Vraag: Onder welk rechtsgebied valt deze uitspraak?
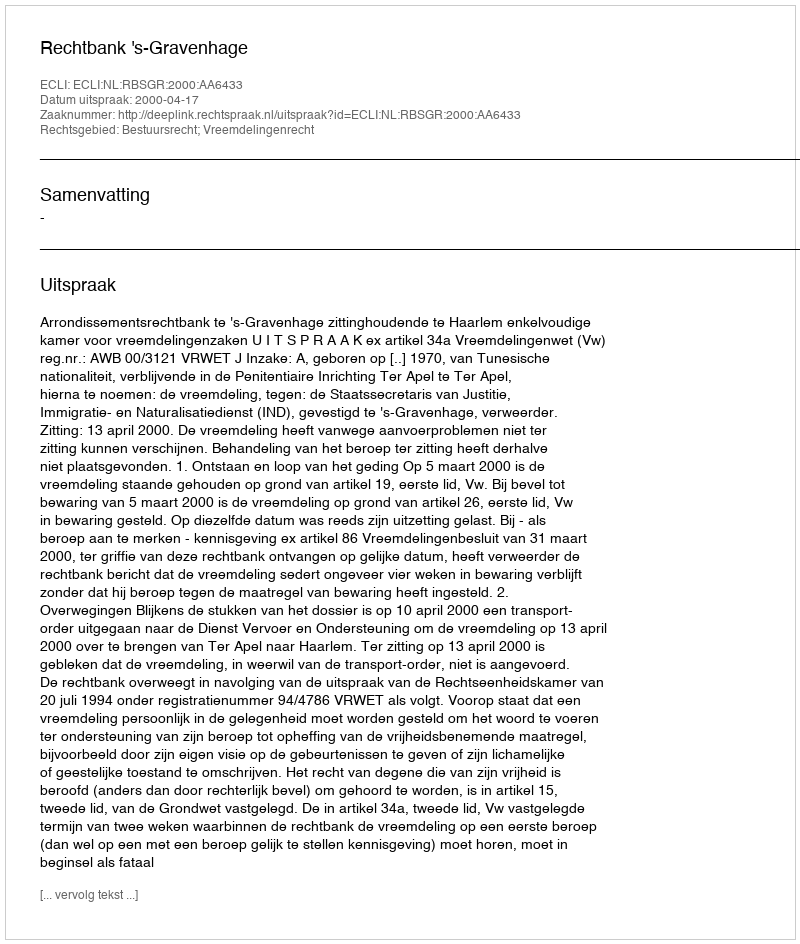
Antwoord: Bestuursrecht; Vreemdelingenrecht